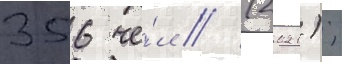
356 че́л // (2021);